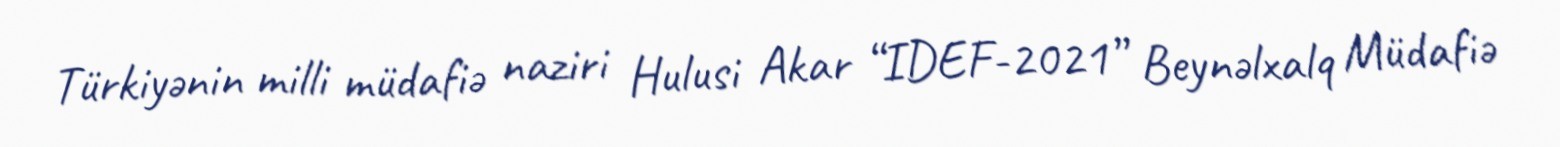
Türkiyənin milli müdafiə naziri Hulusi Akar “IDEF-2021” Beynəlxalq Müdafiə